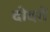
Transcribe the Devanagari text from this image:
दोदरों